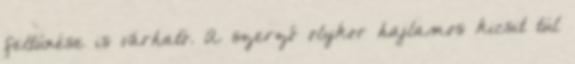
feltűnése is várható. A szerző olykor hajlamos kicsit túl